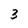
Character: 3